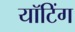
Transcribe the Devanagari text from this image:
यॉटिंग